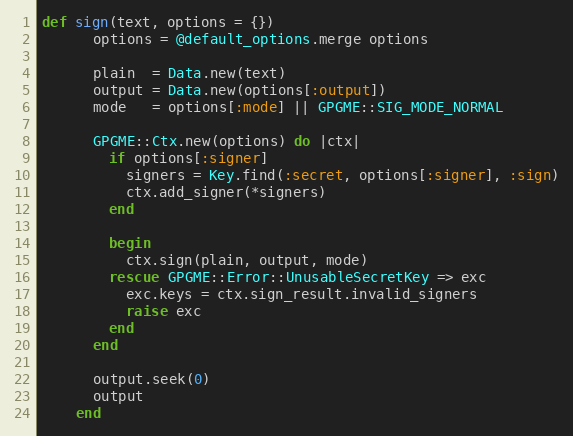
Language: Ruby
def sign(text, options = {})
      options = @default_options.merge options

      plain  = Data.new(text)
      output = Data.new(options[:output])
      mode   = options[:mode] || GPGME::SIG_MODE_NORMAL

      GPGME::Ctx.new(options) do |ctx|
        if options[:signer]
          signers = Key.find(:secret, options[:signer], :sign)
          ctx.add_signer(*signers)
        end

        begin
          ctx.sign(plain, output, mode)
        rescue GPGME::Error::UnusableSecretKey => exc
          exc.keys = ctx.sign_result.invalid_signers
          raise exc
        end
      end

      output.seek(0)
      output
    end